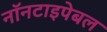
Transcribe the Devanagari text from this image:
नॉनटाइपेबल